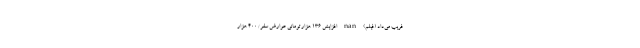
فریب می‌داد (فیلم) nan افزایش 136 هزار تومانی عوارض سفر/ 400 هزار